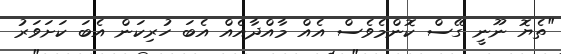
"ތެޔޮ ނޫނީ ގޭސް ކޮންމެވެސް އެއް މާއްދާއެއް އެބަ ހުރިކަން އެބަ ކަށަވަރު